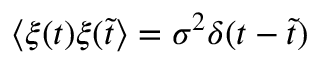
\langle \xi ( t ) \xi ( \tilde { t } \rangle = \sigma ^ { 2 } \delta ( t - \tilde { t } )